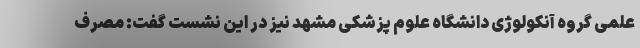
علمی گروه آنکولوژی دانشگاه علوم پزشکی مشهد نیز در این نشست گفت: مصرف